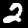
Digit: 2